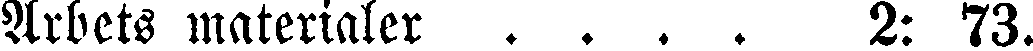
Arbets materialer . . . . 2: 73.